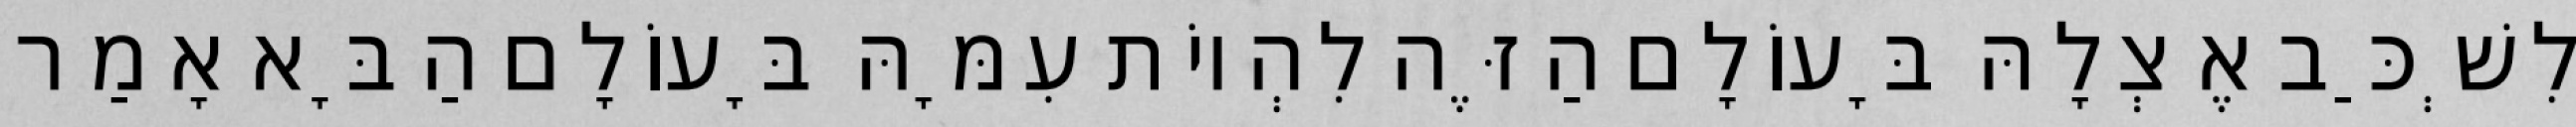
לִשְׁכַּב אֶצְלָהּ בָּעוֹלָם הַזֶּה לִהְיוֹת עִמָּהּ בָּעוֹלָם הַבָּא אָמַר